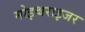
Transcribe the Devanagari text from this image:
मोइश्चराइजर